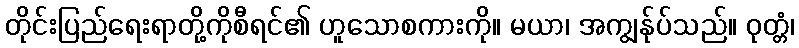
တိုင်းပြည်ရေးရာတို့ကိုစီရင်၏ ဟူသောစကားကို။ မယာ၊ အကျွန်ုပ်သည်။ ဝုတ္တံ၊